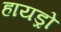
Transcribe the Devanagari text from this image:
हायड्रो